Civil Veterinary Dept. Assam report 1927-50 - 1927-1950
Year: 1927
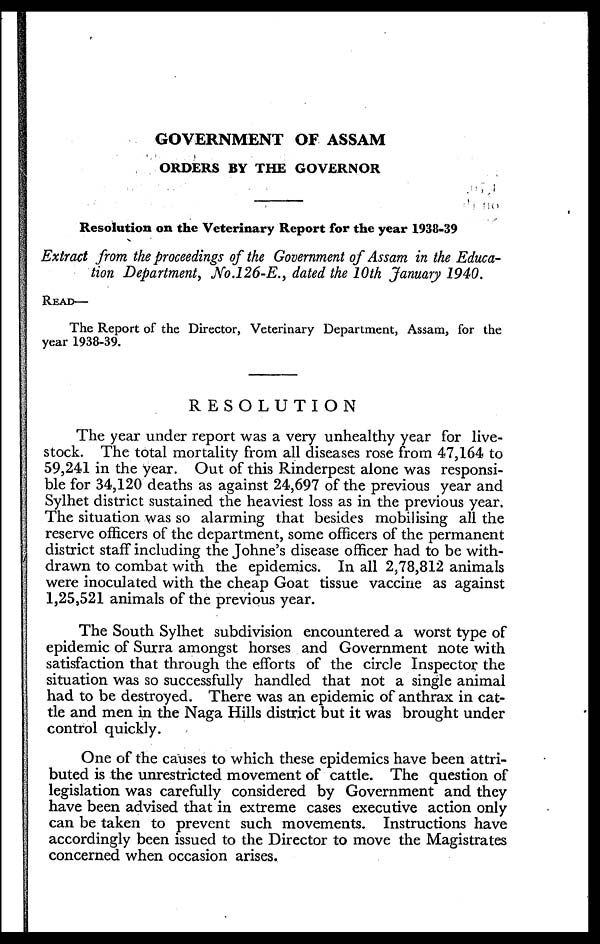
GOVERNMENT OF ASSAM
ORDERS BY THE GOVERNOR
Resolution on the Veterinary Report for the year 1938-39
Extract from the proceedings of the Government of Assam in the Educa-
tion Department, No.l26-E., dated the 10th January 1940.
READ—
The Report of the Director, Veterinary Department, Assam, for the
year 1938-39.
RESOLUTION
The year under report was a very unhealthy year for live-
stock. The total mortality from all diseases rose from 47,164 to
59,241 in the year. Out of this Rinderpest alone was responsi-
ble for 34,120 deaths as against 24,697 of the previous year and
Sylhet district sustained the heaviest loss as in the previous year.
The situation was so alarming that besides mobilising all the
reserve officers of the department, some officers of the permanent
district staff including the Johne's disease officer had to be with-
drawn to combat with the epidemics. In all 2,78,812 animals
were inoculated with the cheap Goat tissue vaccine as against
1,25,521 animals of the previous year.
The South Sylhet subdivision encountered a worst type of
epidemic of Surra amongst horses and Government note with
satisfaction that through the efforts of the circle Inspector the
situation was so successfully handled that not a single animal
had to be destroyed. There was an epidemic of anthrax in cat-
tle and men in the Naga Hills district but it was brought under
control quickly.
One of the causes to which these epidemics have been attri-
buted is the unrestricted movement of cattle. The question of
legislation was carefully considered by Government and they
have been advised that in extreme cases executive action only
can be taken to prevent such movements. Instructions have
accordingly been issued to the Director to move the Magistrates
concerned when occasion arises.